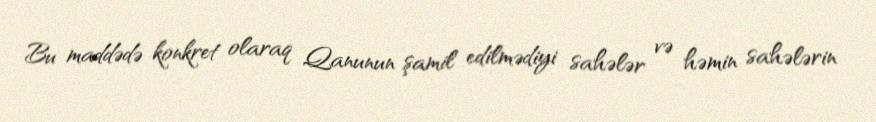
Bu maddədə konkret olaraq Qanunun şamil edilmədiyi sahələr və həmin sahələrin